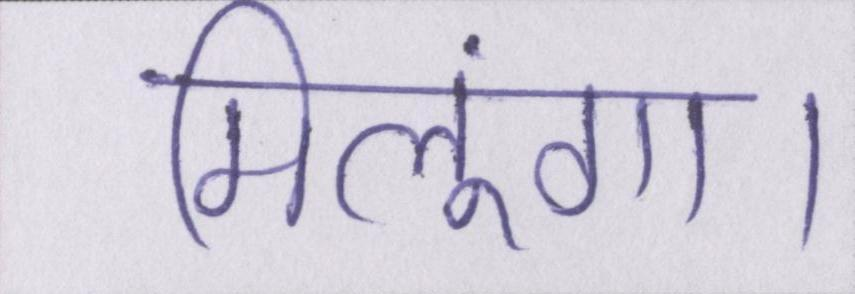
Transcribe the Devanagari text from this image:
मिलूंगा।